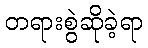
တရားစွဲဆိုခဲ့ရာ